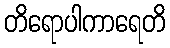
တိရောပါကာရေတိ